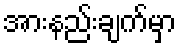
အားနည်းချက်မှာ